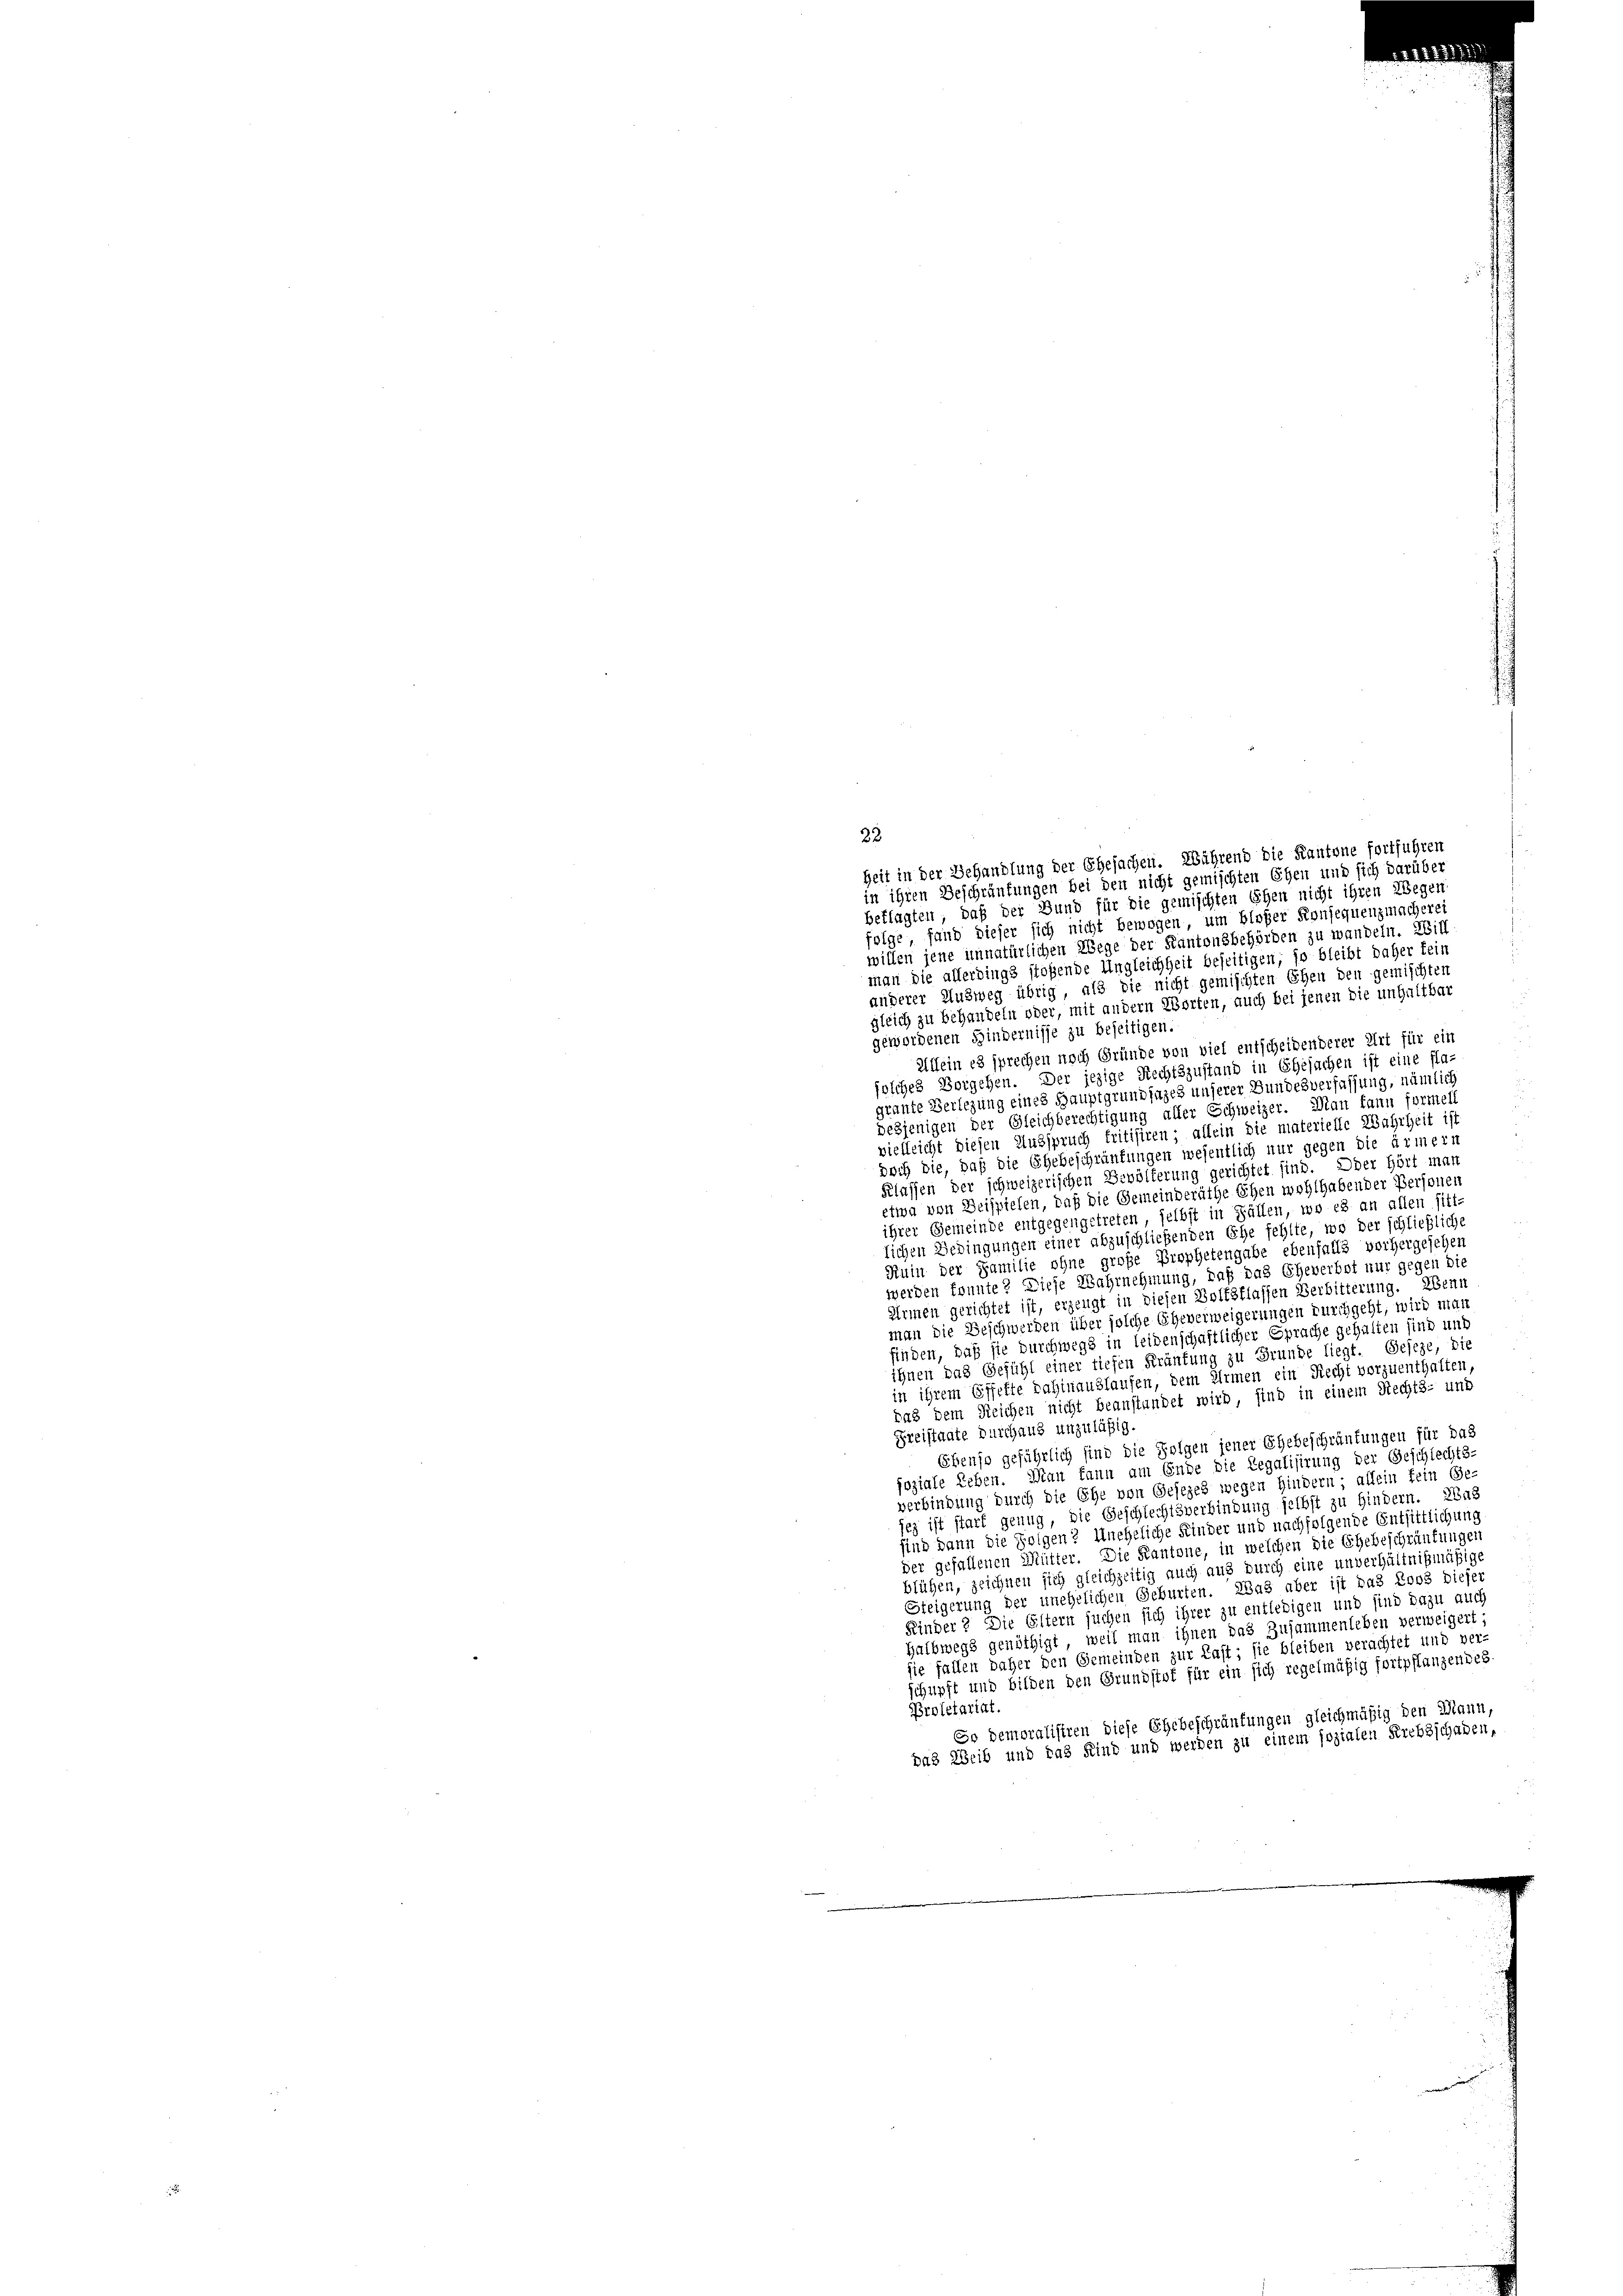
32
heit in der Behandlung der Ehesachen. Während die Kantone fortführen
in ihren Beschränkungen bei den nicht gemischten Ehen und sich darüber
beklagten, daß der Bund für die gemischten Ehen nicht ihren Wegen
folge fand dieser sich nicht bewogen, um bloßer Konsequenzmacherei
willen jene unnatürlichen Wege der Kantonsbehörden zu wandeln. Will
man die allerdings stoßende Ungleichheit beseitigen; so bleibt daher fein
anderer Ausweg übrig, als die nicht gemischten Ehen den gemischten
gleich zu behandeln oder, mit andern Worten, auch bei jenen die unhaltbar
gewordenen Hindernisse zu beseitigen.
Allein es sprechen noch Gründe von viel entscheidenderer Art für ein
solches Vorgehen. Der jezige Rechtszustand in Ehesachen ist eine fla-
grante Verlegung eines Hauptgrundlages unserer Bundesverfassung, nämlich
desjenigen der Gleichberechtigung aller Schweizer. Man kann formel
vielleicht diesen Ausspruch tritisiren; allein die materielle Wahrheit ist
doch die, daß die Ehebeschränkungen wesentlich nur gegen die ärmern
Klassen der schweizerischen Bevölferung gerichtet sind. Oder Hört man
etwa von Beispielen, daß die Gemeinderäthe Ehen wohlhabender Personen
ihrer Gemeinde entgegengetreten selbst in Fällen, wo es an allen sitt-
lichen Bedingungen einer abzuschließenden Ehe fehlte, wo der schließliche
Ruin der Familie ohne große Prophetengabe ebenfalls vorhergesehen
werden konnte? Diese Wahrnehmung, daß das Eheverbot nur gegen die
Armen gerichtet ist, erzeugt in diesen Boltsflassen Verbitterung. Wenn
man die Beschwerden über solche Eheverweigerungen durchgeht, wird mar
finden, daß sie durchwegs in leidenschaftlicher Sprache gehalten sind und
ihnen das Gefühl einer tiefen Kränkung zu Grunde liegt. Geseze, die
in ihrem Effekte dahinauslaufen, dem Armen ein Recht vorzuenthalten
das dem Reichen nicht beanstandet wird, sind in einem Rechts- und
Freistaate durchaus unzuläßig.
Ebenso gefährlich sind die Folgen jener Ehebeschränkungen für das
joziale Leben. Man kann am Ende die Legalisirung der Geschlechts-
verbindung durch die Ehe von Gesezes wegen Hindern; allein fein Ge-
sez ist start genug, die Geschlechtsverbindung selbst zu Hindern. Bas
sind dann die Folgen? Uneheliche Kinder und nachfolgende Entsittlichung
der gefallenen Mutter. Die Kantone, in welchen die Ehebeschränkungen
blühen, zeichnen sich gleichzeitig auch aus durch eine unverhältnißmäßige
Steigerung der unehelichen Geburten. Was aber ist das Loos dieser
Kinder? Die Eltern suchen sich ihrer zu entledigen und sind dazu auch
Halbwegs genöthigt, weil man ihnen das Zusammenleben verweigert;
sie fallen daher den Gemeinden zur Last; sie bleiben verachtet und ver-
schupft und bilden den Grundstat für ein sich regelmäßig fortpflanzendes.
Proletariat.
So demoralisiren diese Ehebeschränkungen gleichmäßig den Mann,
das Weib und das Kind und werden zu einem sozialen Krebsschaden,
mien und